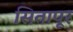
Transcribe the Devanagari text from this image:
सितापूर